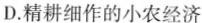
D.精耕细作的小农经济